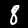
Label: 8